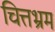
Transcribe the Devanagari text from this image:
चित्तभ्रम